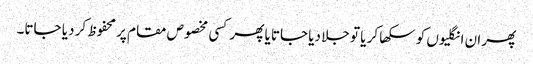
پھر ان انگلیوں کو سکھا کر یا تو جلا دیا جاتا یا پھر کسی مخصوص مقام پر محفوظ کر دیا جاتا۔